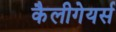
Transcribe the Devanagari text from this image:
कैलीगेयर्स